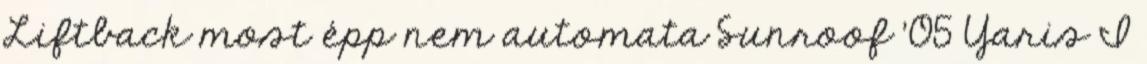
Liftback most épp nem automata Sunroof '05 Yaris I